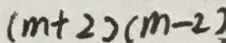
( m + 2 ) ( m - 2 )